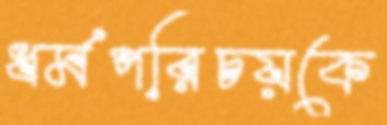
ধর্মপরিচয়কে